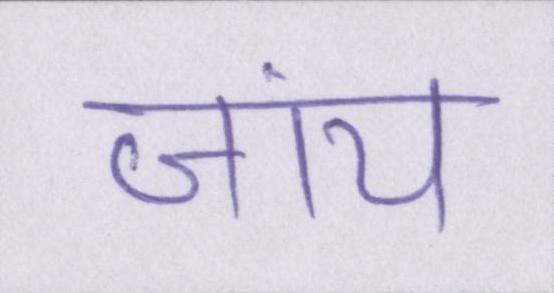
जांय